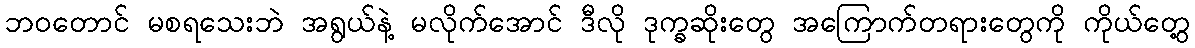
ဘဝတောင် မစရသေးဘဲ အရွယ်နဲ့ မလိုက်အောင် ဒီလို ဒုက္ခဆိုးတွေ အကြောက်တရားတွေကို ကိုယ်တွေ့